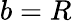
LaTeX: b=R